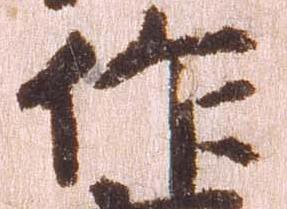
作